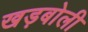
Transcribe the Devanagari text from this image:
खड़बोली